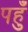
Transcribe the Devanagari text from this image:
पहुँ